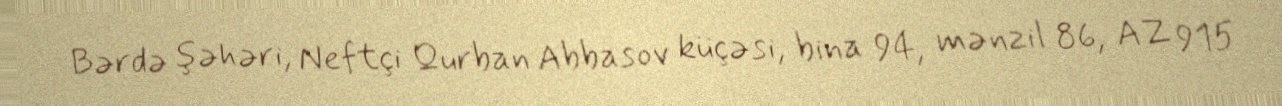
Bərdə şəhəri, Neftçi Qurban Abbasov küçəsi, bina 94, mənzil 86, AZ 915